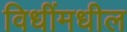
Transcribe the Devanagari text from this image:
विधींमधील